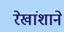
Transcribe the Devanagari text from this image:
रेखांशाने